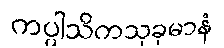
ကပ္ပါသိကသုခုမာနံ